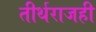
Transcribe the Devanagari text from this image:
तीर्थराजही